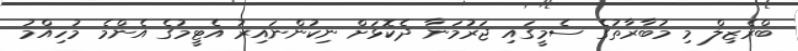
ބްރެޒިލް މި މުބާރާތުގެ ސެމީގައި ޖަރުމަނާ ދެކޮޅަށް ނިކުންނައިރު އެޓީމުގެ އެންމެ މުހިއްމު